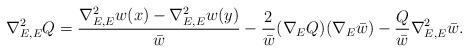
LaTeX: \begin{align*}\nabla_{E,E}^2 Q = \frac{\nabla_{E,E}^2w(x)-\nabla_{E,E}^2w(y)}{\bar w}-\frac{2}{\bar w}(\nabla_E Q)(\nabla_E\bar w)-\frac{Q}{\bar w}\nabla_{E,E}^2\bar w.\end{align*}